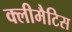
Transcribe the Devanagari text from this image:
क्लीमैटिस